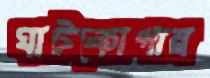
ঘাটকোপায়